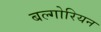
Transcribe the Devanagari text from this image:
बल्गोरियन